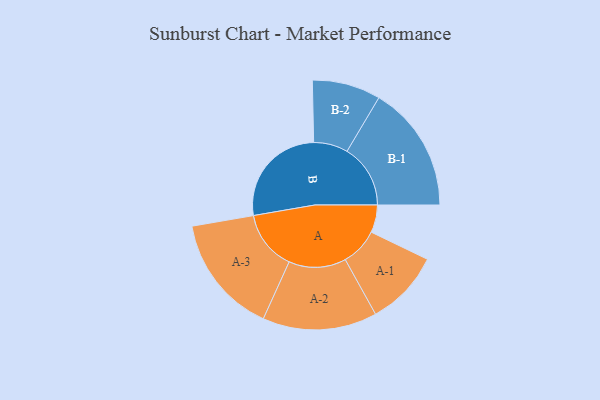
{"axis": {"x": "Segment", "y": "Value"}, "legend": ["", "A", "B"], "data": [{"x": "A", "y": 120, "type": ""}, {"x": "B", "y": 459, "type": ""}, {"x": "A-1", "y": 164, "type": "A"}, {"x": "A-2", "y": 249, "type": "A"}, {"x": "A-3", "y": 260, "type": "A"}, {"x": "B-1", "y": 276, "type": "B"}, {"x": "B-2", "y": 149, "type": "B"}]}